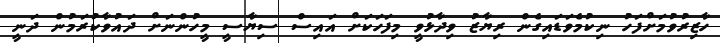
ހާޒިރުވުމަށްފަހު ނިކުމެވަޑައިގެން ރިޔާޒު ވިދާޅުވީ މިފަހަކަށް އައިސް ސިޔާސީ މީހުންނަށް ދައުވާކުރަމުން ދަނީ